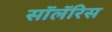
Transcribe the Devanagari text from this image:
सॉलॅरिस